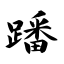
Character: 蹯